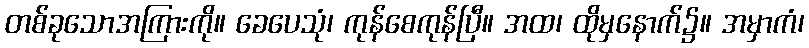
တစ်ခုသောအကြားကို။ ခေပေသုံ၊ ကုန်စေကုန်ပြီ။ အထ၊ ထိုမှနောက်၌။ အမှာကံ၊